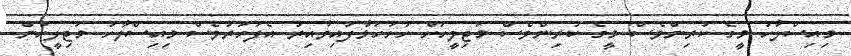
މިއިސްލާހު މީގެ ކުރިންވެސް މީގެ ކުރިންވެސް މަޖިލީހަށް ހުށަހަޅާފައިވާއިރު އެފަހަރުވެސް މިއިސްލާހު މަޖިލީހުން